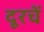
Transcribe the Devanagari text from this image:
दूरचें